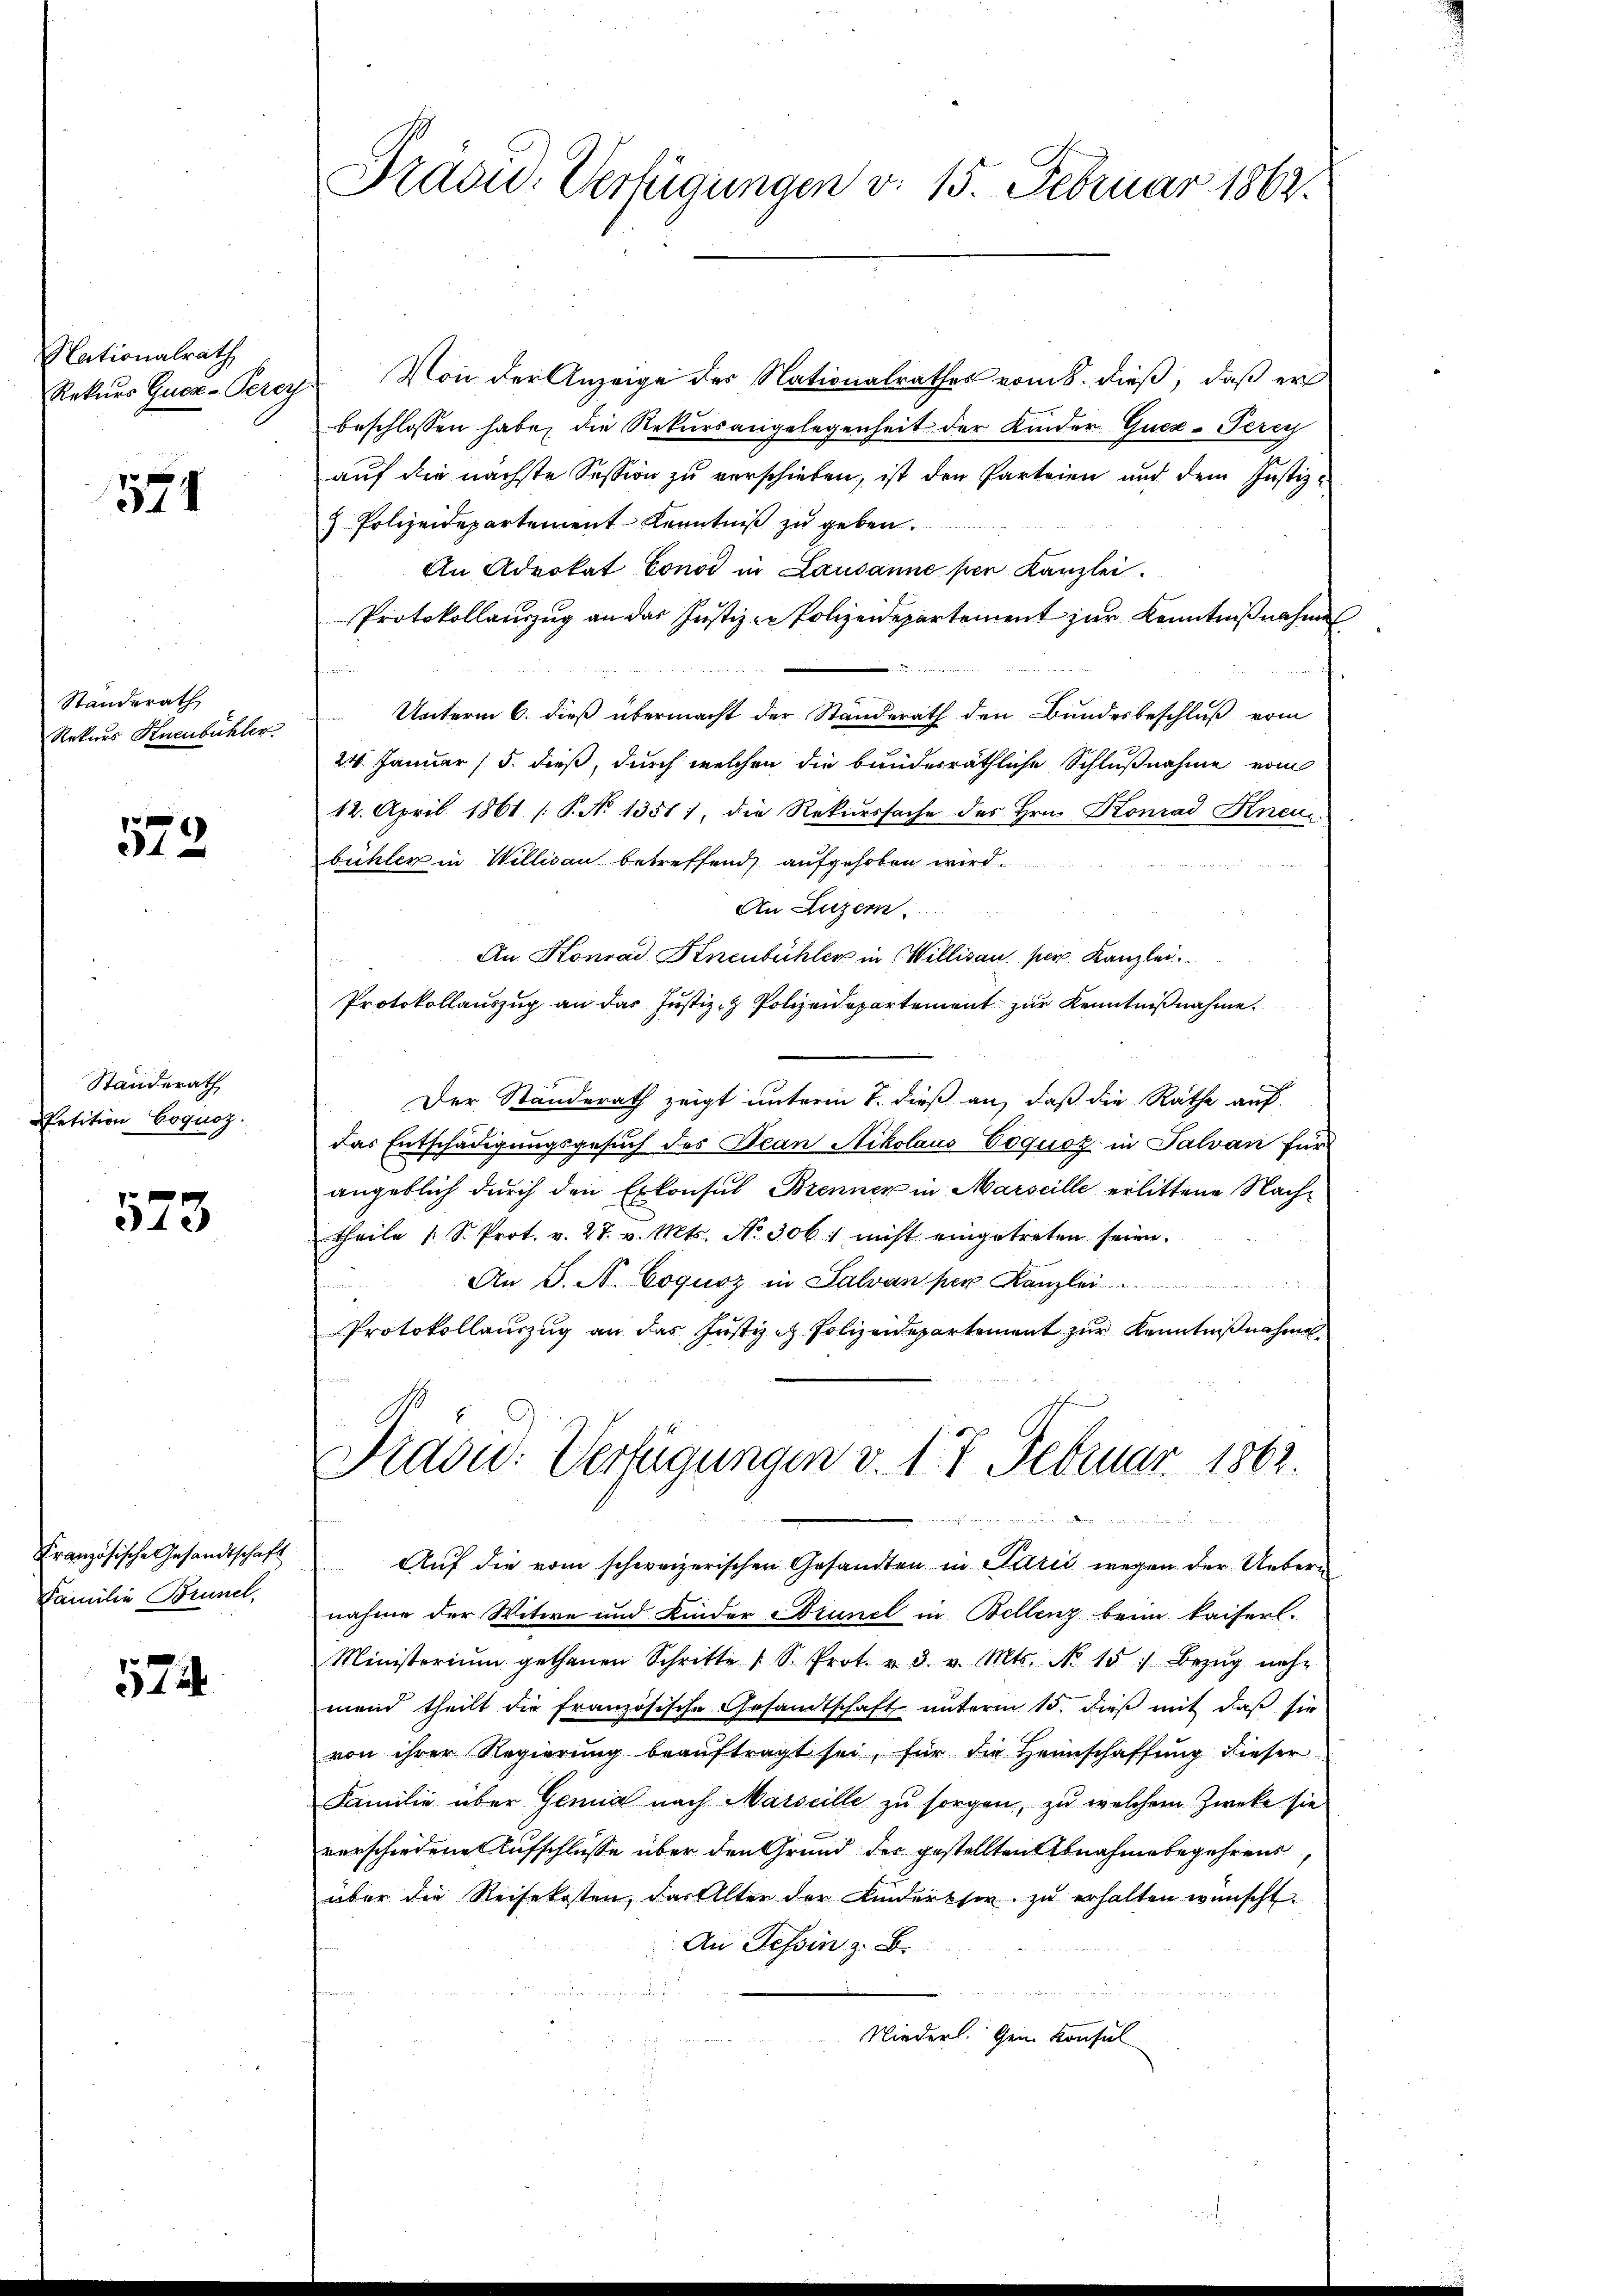
Nationalrath
Rekurs Guez-Perey

574

Standerath
Rekurs Knenbühler.

573.

Standerath
Petition Cognoz.

523

Französische Gesandtschaft
Familie Brünel,

74

Präsid. Verfügungen v. 15. Februar 1862.

Von der Anzeige des Nationalrathes vom 8. dieß, daß er
beschlossen habe, die Rekursangelegenheit der Kinder Quex-Terey
auf die nächste Session zu verschieben, ist den Parteien und dem Justiz¬
 Polizeidepartement Kenntniß zu geben.
An Advokat Const in Lausanne per Kanzlei.
Protokollauszug an das Justiz - Polizeidepartement zur Kenntnißnahme
Unterm 6. dieß übermacht der Standerath den Bundesbeschluß vom
24. Januar 15. dieß, durch welchen die bundesräthliche Schlußnahme vom
12. April 1861 [P. No 1351), die Rekurssache des Hrn. Konrad Knei
büchler in Willisau betreffend aufgehoben wird
An Luzern
An Konrad Knenbühler in Willisau, per. Kanzlei.
Protokollauszug an das Justiz- & Polizeidepartement zur Kenntnißnahme.
Der Standerath zeigt unterm 7. dieß an, daß die Rathe auf-
das Entschädigungsgesŭch des Bean Nikolaus-Coquoz in Salvan für
angeblich durch den Erkonsul Brenner in Marseille erlittene Nach¬
Theile 1 S. Prot. v. 27. v. Mts. No. 3061 nicht eingetreten seien.
An J. A. Coquoz in Salvan per Kanzlei
n
Protokollauszug an das Justiz in Polizeidepartement zur Kenntnißnahme
Fraou: Verfügungen v. 17 Februar 1863.

Auf die vom schweizerischen Gesandten in Parić wegen der Uebernahme der Witwe und Kinder Brunel in Bellenz beim kaiserl.
Ministerium gethanen Schritte 1 S. Prot. v. 3. v. Mts. No 15. Bezŭg neh-
mend theilt die französische Gesandtschaft unterm 15. dieß mit daß sie
von ihrer Regierŭng beaŭftragt sei, für die Heimschaffŭng dieser
Familie über Genia nach Marseille zu sorgen, zu welchem Zwecke sie
verschiedene Aufschlüsse über den Grund der gestellten Abnahmebegehrens
über die Reisekosten, das Alter der Kinderssee zu erhalten wünscht.
An Tessin z. B.
s
Niederl. Gen. Konsul